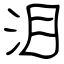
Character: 泪